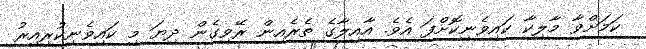
ކަމަށްވާ މާލިކާ ކައިވެނިކޮށްފަ އެވެ. އާއިލާގެ ތެރެއިން ރޭވިގެން ދިޔަ މި ކައިވެނިކުރިއިރު